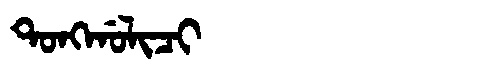
Manchu: ᡨᠣᠩᡤᠣᠯᡳᠴᡳ
Romanization: TONGGOLICI